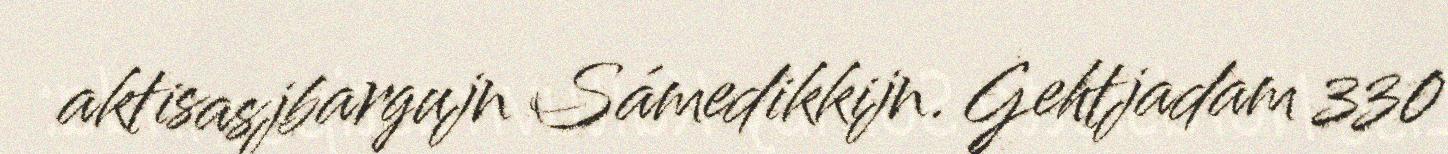
aktisasjbargujn Sámedikkijn. Gehtjadam 330